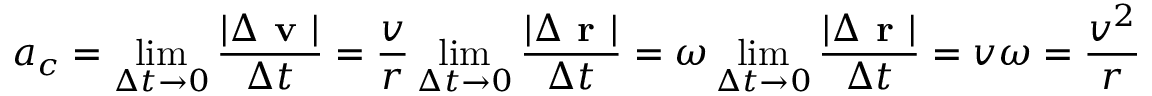
a _ { c } = \operatorname* { l i m } _ { \Delta t \to 0 } { \frac { | \Delta { \textbf { v } } | } { \Delta t } } = { \frac { v } { r } } \operatorname* { l i m } _ { \Delta t \to 0 } { \frac { | \Delta { \textbf { r } } | } { \Delta t } } = \omega \operatorname* { l i m } _ { \Delta t \to 0 } { \frac { | \Delta { \textbf { r } } | } { \Delta t } } = v \omega = { \frac { v ^ { 2 } } { r } }